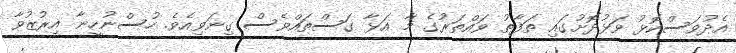
އެދުވަސްކޮޅު ވަޅުދޮށުގައި ތަފާތު ވައްތަރުގެ މާ އަޅާ ގަސްތައްވެސް ގިނަވިއެވެ. ހުސްނުހީނާ އިރުޒުވާ